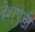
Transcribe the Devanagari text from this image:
देशपंडी